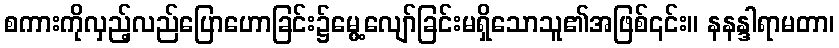
စကားကိုလှည့်လည်ပြောဟောခြင်း၌မွေ့လျော်ခြင်းမရှိသောသူ၏အဖြစ်၎င်း။ နနန္ဒါရာမတာ၊